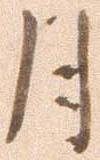
月